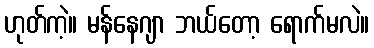
ဟုတ်ကဲ့။ မန်နေဂျာ ဘယ်တော့ ရောက်မလဲ။